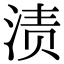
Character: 渍